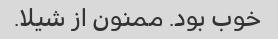
خوب بود. ممنون از شیلا.